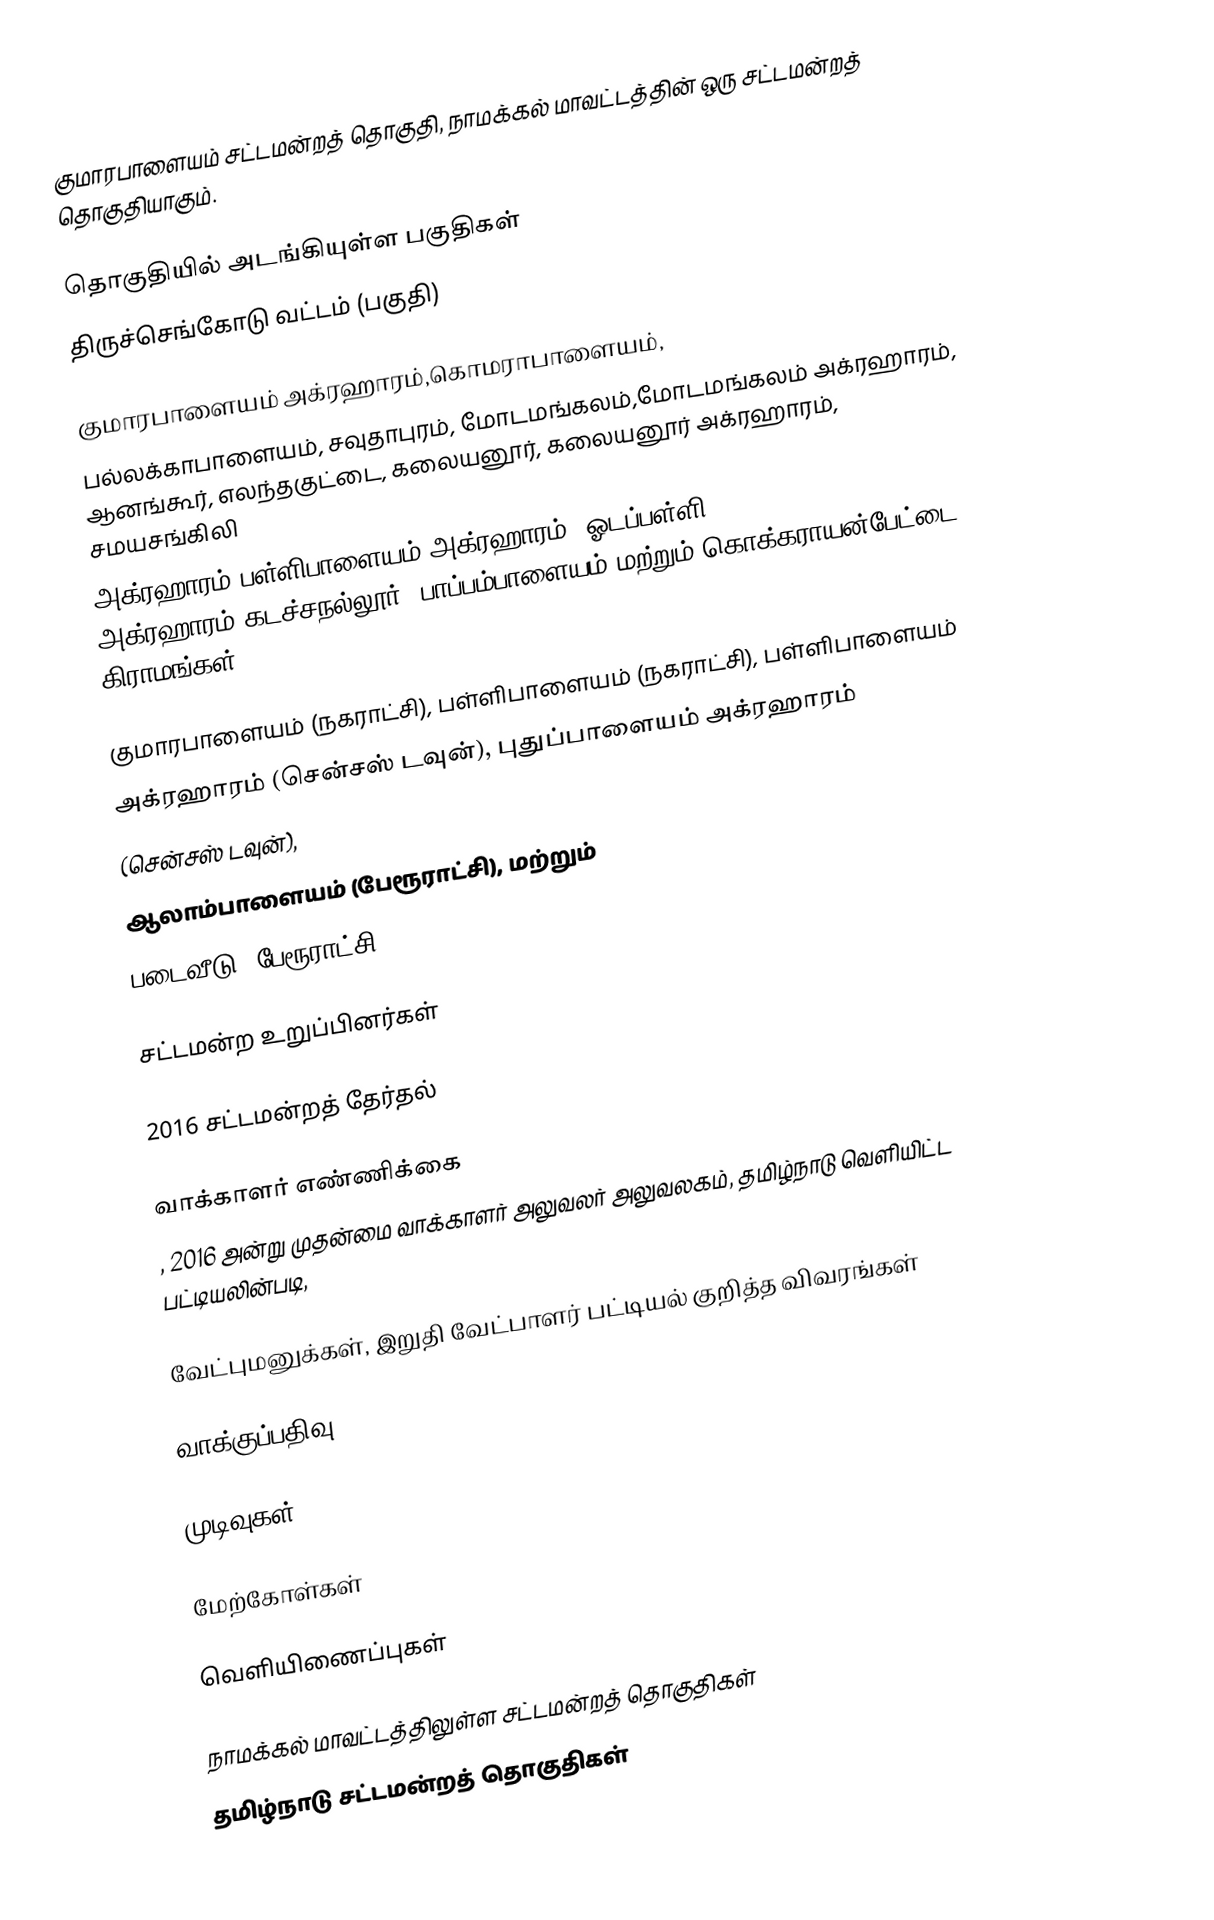
குமாரபாளையம் சட்டமன்றத் தொகுதி, நாமக்கல் மாவட்டத்தின் ஒரு சட்டமன்றத் தொகுதியாகும்.

தொகுதியில் அடங்கியுள்ள பகுதிகள்
 திருச்செங்கோடு வட்டம் (பகுதி)

குமாரபாளையம் அக்ரஹாரம்,கொமராபாளையம்,
பல்லக்காபாளையம், சவுதாபுரம், மோடமங்கலம்,மோடமங்கலம் அக்ரஹாரம், ஆனங்கூர், எலந்தகுட்டை, கலையனூர், கலையனூர் அக்ரஹாரம், சமயசங்கிலி
அக்ரஹாரம்,பள்ளிபாளையம் அக்ரஹாரம், ஓடப்பள்ளி அக்ரஹாரம்,கடச்சநல்லூர், பாப்பம்பாளையம் மற்றும் கொக்கராயன்பேட்டை கிராமங்கள்.

குமாரபாளையம் (நகராட்சி), பள்ளிபாளையம் (நகராட்சி), பள்ளிபாளையம்
அக்ரஹாரம் (சென்சஸ் டவுன்), புதுப்பாளையம் அக்ரஹாரம்
(சென்சஸ் டவுன்),
ஆலாம்பாளையம் (பேரூராட்சி), மற்றும்
படைவீடு (பேரூராட்சி).

சட்டமன்ற உறுப்பினர்கள்

2016 சட்டமன்றத் தேர்தல்

வாக்காளர் எண்ணிக்கை
, 2016 அன்று முதன்மை வாக்காளர் அலுவலர் அலுவலகம், தமிழ்நாடு வெளியிட்ட பட்டியலின்படி,

வேட்புமனுக்கள், இறுதி வேட்பாளர் பட்டியல் குறித்த விவரங்கள்

வாக்குப்பதிவு

முடிவுகள்

மேற்கோள்கள்

வெளியிணைப்புகள்

நாமக்கல் மாவட்டத்திலுள்ள சட்டமன்றத் தொகுதிகள்
தமிழ்நாடு சட்டமன்றத் தொகுதிகள்